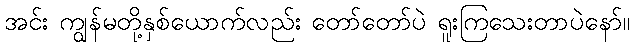
အင်း ကျွန်မတို့နှစ်ယောက်လည်း တော်တော်ပဲ ရူးကြသေးတာပဲနော်။